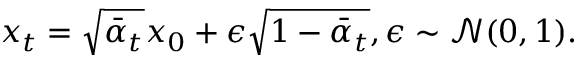
\begin{array} { r } { x _ { t } = \sqrt { \bar { \alpha } _ { t } } x _ { 0 } + \epsilon \sqrt { 1 - \bar { \alpha } _ { t } } , \epsilon \sim \mathcal { N } ( 0 , 1 ) . } \end{array}